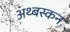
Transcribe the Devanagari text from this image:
अथ्बस्कन